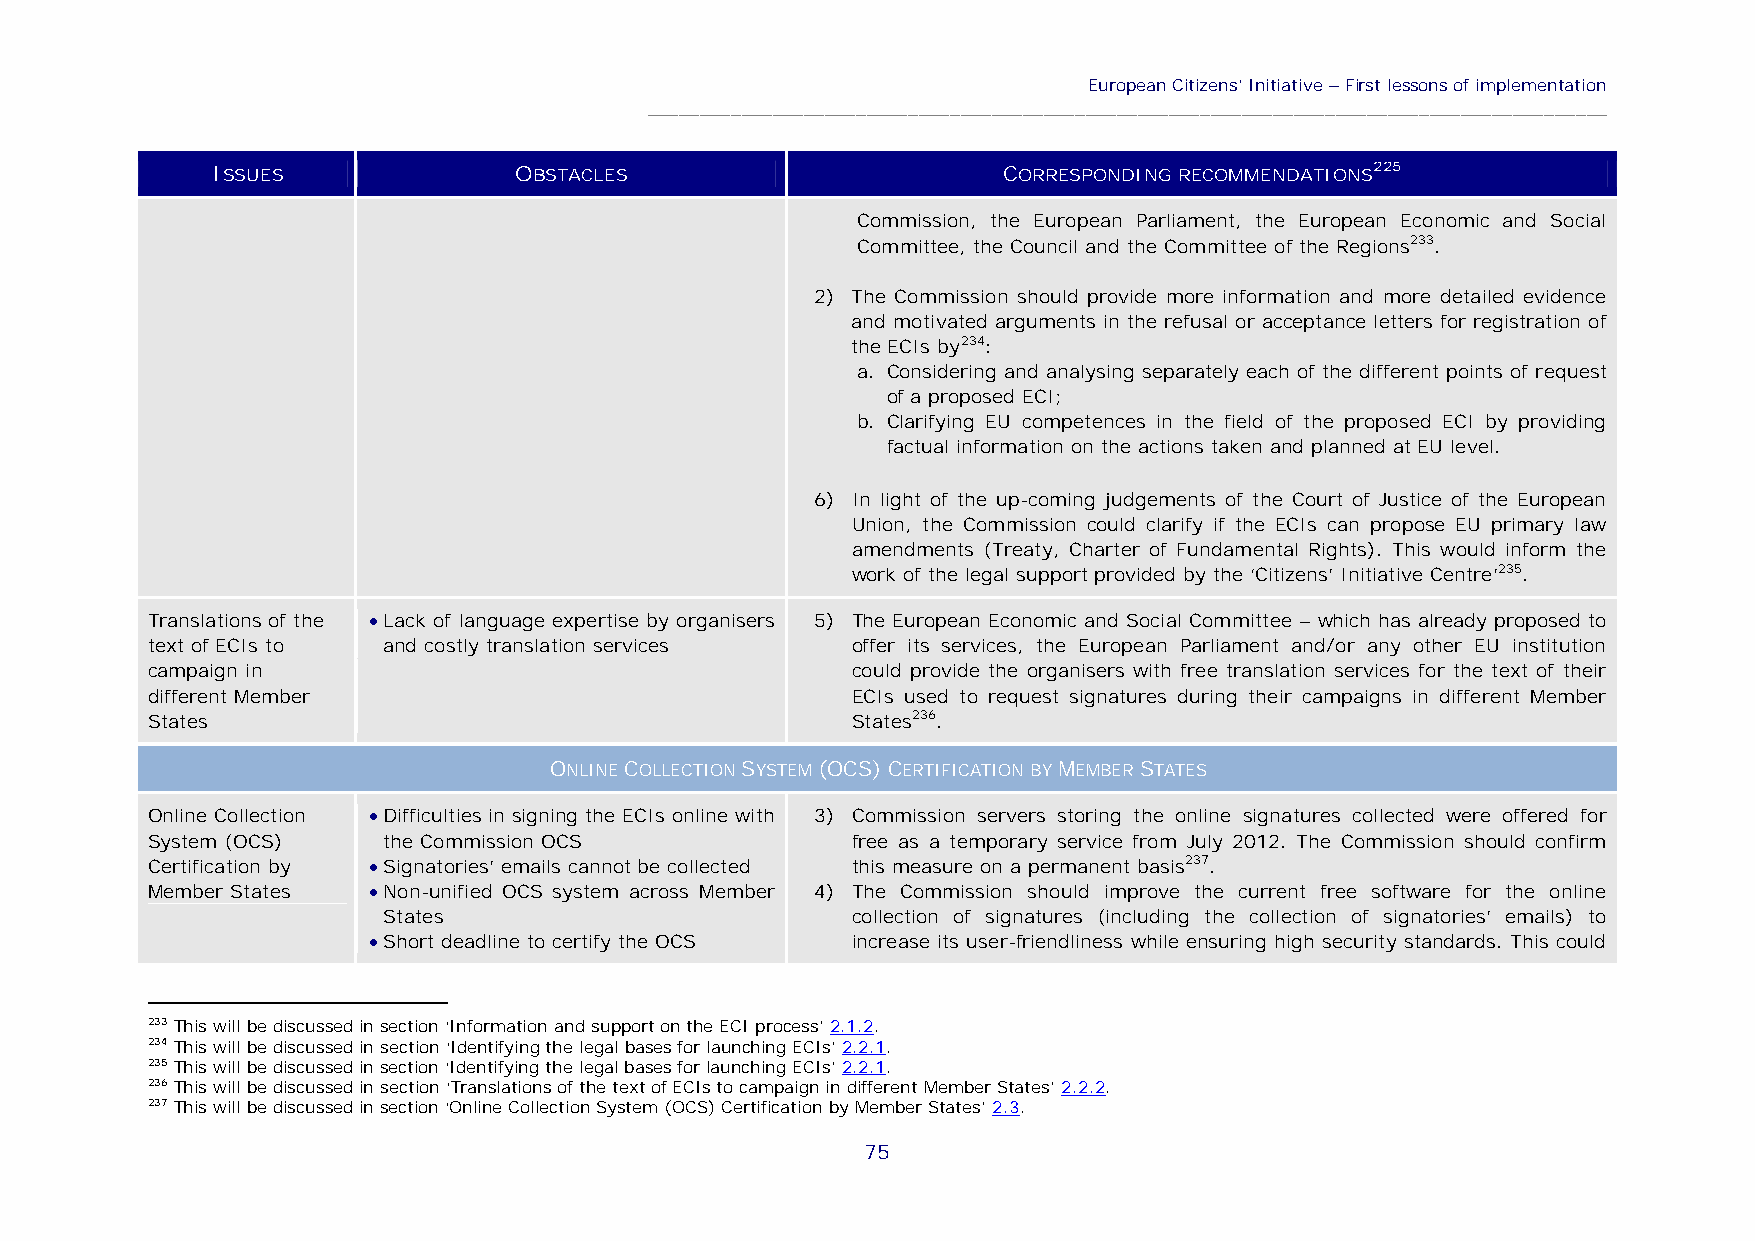
European Citizens’Initiative–First lessons of implementation
 ____________________________________________________________________________________________
 ISSUES              OBSTACLES                       CORRESPONDING RECOMMENDATIONS225
 Commission, the European Parliament, the European Economic and Social
 Committee, the Council and the Committee of the Regions233.
 2) The Commission should provide more information and more detailed evidence
 and motivated arguments in the refusal or acceptance letters for registration of
 the ECIs by234:
 a. Considering and analysing separately each of the different points of request
 of a proposed ECI;
 b. Clarifying EU competences in the field of the proposed ECI by providing
 factual information on the actions taken and planned at EU level.
 6) In light of the up-coming judgements of the Court of Justice of the European
 Union, the Commission could clarify if the ECIs can propose EU primary law
 amendments (Treaty, Charter of Fundamental Rights). This would inform the
 work of the legal support provided by the ‘Citizens’ Initiative Centre’235.
 Translations of the  Lack of language expertise by organisers 5) The European Economic and Social Committee – which has already proposed to
 text of ECIs to and costly translation services offer its services, the European Parliament and/or any other EU institution
 campaign in                                   could provide the organisers with free translation services for the text of their
 different Member                              ECIs used to request signatures during their campaigns in different Member
 States                                        States236.
 ONLINECOLLECTIONSYSTEM(OCS)CERTIFICATION BYMEMBERSTATES
 Online Collection  Difficulties in signing the ECIs online with 3) Commission servers storing the online signatures collected were offered for
 System (OCS)   the Commission OCS             free as a temporary service from July 2012. The Commission should confirm
 Certification by  Signatories’ emails cannot be collected this measure on a permanent basis237.
 Member States  Non-unified OCS system across Member 4) The Commission should improve the current free software for the online
 States                         collection of signatures (including the collection of signatories’ emails) to
  Short deadline to certify the OCS increase its user-friendliness while ensuring high security standards. This could
 233This will be discussed in section ‘Information and support on the ECI process’ 2.1.2.
 234This will be discussed in section‘Identifying the legal bases for launching ECIs’2.2.1.
 235This will be discussed in section ‘Identifying the legal bases for launching ECIs’ 2.2.1.
 236This will be discussed in section ‘Translations of the text of ECIs to campaign in different Member States’2.2.2.
 237This will be discussed in section ‘Online Collection System (OCS) Certification by Member States’ 2.3.
 75